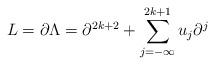
LaTeX: \begin{align*}L=\partial \Lambda =\partial ^{2k+2}+\sum_{j=-\infty}^{2k+1}u_j\partial ^j\end{align*}